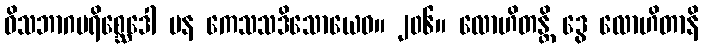
ဝိသဘာဂပရိစ္ဆေဒေါ ပန ကေသသဒိသောယေဝ။ ၂၀၆။ လောဟိတန္တိ ဒွေ လောဟိတာနိ